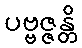
ပဗ္ဗဇ္ဇန္တိ